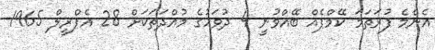
އެންމެ ފުރަތަމަ ކޭމްޕެއް ބޭއްވުނީ 4 ދުވަހުގެ މުއްދަތަކަށް 28 އެޕްރީލް 1965